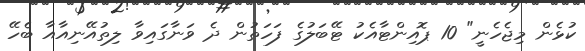
ކުޅެން މިޖެހެނީ" 10 ޕޮއިންޓާއެކު ޓޭބަލުގެ ފަހަތުން ދެ ވަނާގައިވާ ލިތުއޭނިއާއާ ބެހޭ